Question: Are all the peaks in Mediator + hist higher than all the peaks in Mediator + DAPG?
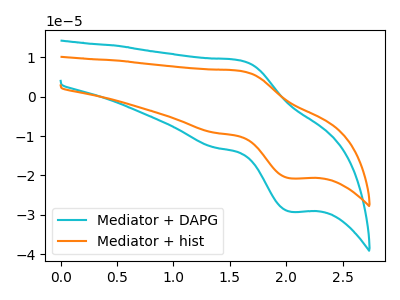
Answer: <think>The cyan curve "Mediator + DAPG" has an anodic peak at (1.60V, 9.20uA) and a cathodic peak at (2.05V, -29.20uA). The orange curve "Mediator + hist" has an anodic peak at (1.60V, 6.55uA) and a cathodic peak at (2.05V, -20.75uA).</think>
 <answer>Every peak in "Mediator + hist" is lower than every peak in "Mediator + DAPG".</answer>
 <eval>lower</eval>